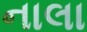
નાલા